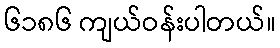
၆၁၈၆ ကျယ်ဝန်းပါတယ်။